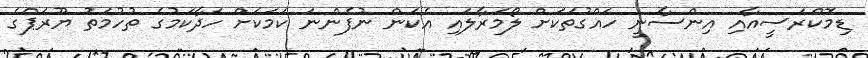
ޑިމޮކްރަސީއާއި އިންސާނީ ހައްގުތަކަށް ލޯމަރާލައި އެކަން ނުފެންނަ ކަމަކަށް ހަދާކަމުގެ ތުހުމަތު ޔޫރަޕްގެ